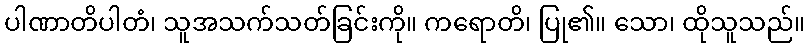
ပါဏာတိပါတံ၊ သူအသက်သတ်ခြင်းကို။ ကရောတိ၊ ပြု၏။ သော၊ ထိုသူသည်။